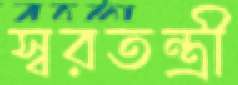
স্বরতন্ত্রী